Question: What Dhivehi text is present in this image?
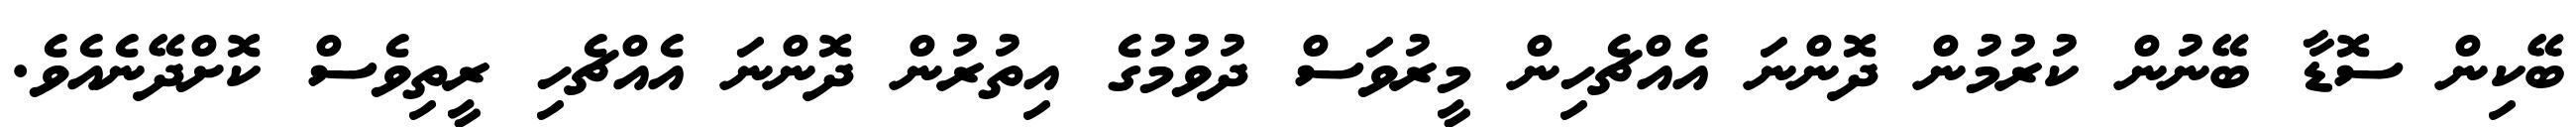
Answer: ބޭކިން ސޮޑާ ބޭނުން ކުރުމުން ދޮންނަ އެއްޗެހިން މީރުވަސް ދުވުމުގެ އިތުރުން ދޮންނަ އެއްޗެހި ރީތިވެސް ކޮށްދޭނެއެވެ.